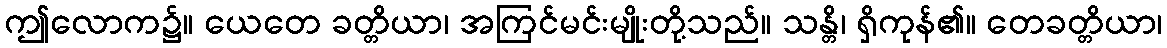
ဤလောက၌။ ယေတေ ခတ္တိယာ၊ အကြင်မင်းမျိုးတို့သည်။ သန္တိ၊ ရှိကုန်၏။ တေခတ္တိယာ၊